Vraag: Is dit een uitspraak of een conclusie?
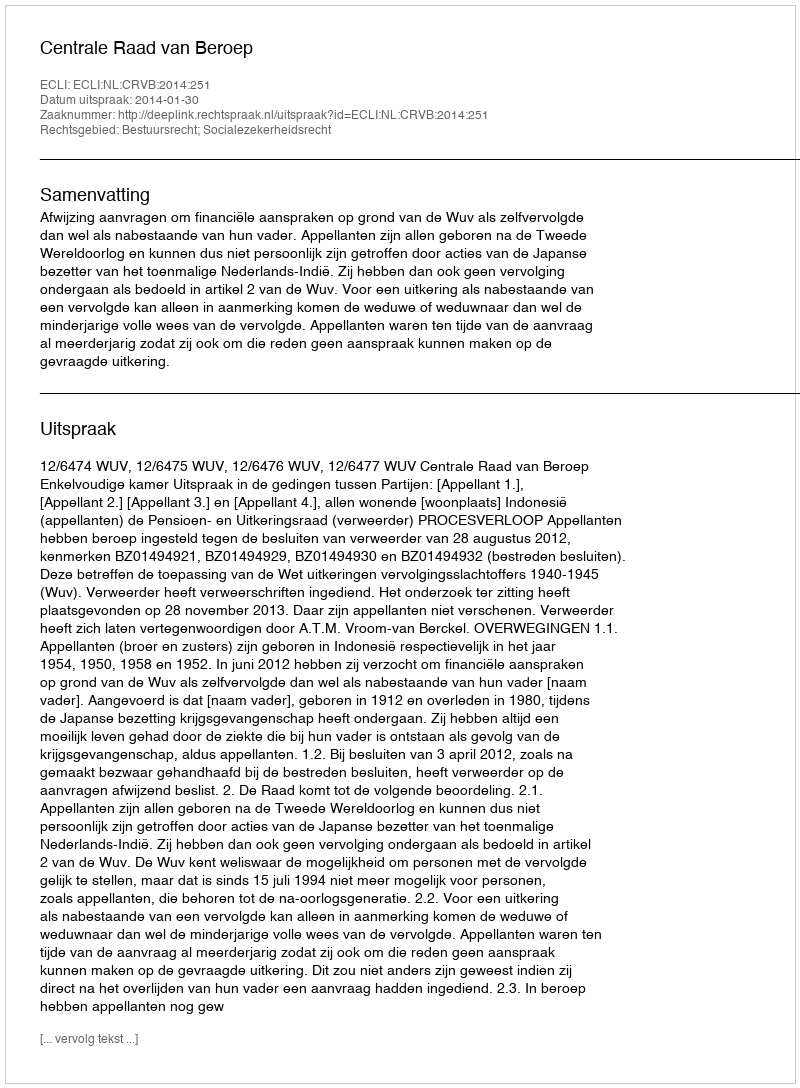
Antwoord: Uitspraak